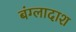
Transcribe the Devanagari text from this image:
बंग्लादाश